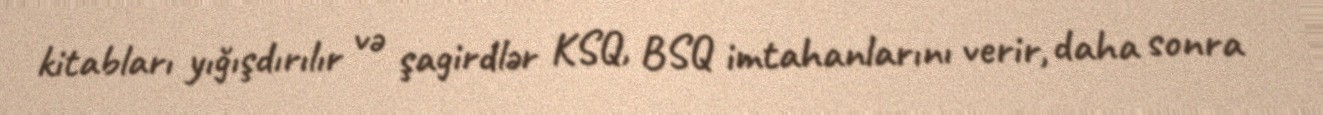
kitabları yığışdırılır və şagirdlər KSQ, BSQ imtahanlarını verir, daha sonra